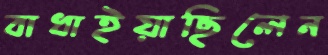
বাধাইয়াছিলেন